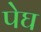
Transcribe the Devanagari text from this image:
पेघ